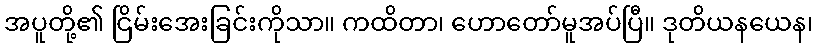
အပူတို့၏ ငြိမ်းအေးခြင်းကိုသာ။ ကထိတာ၊ ဟောတော်မူအပ်ပြီ။ ဒုတိယနယေန၊